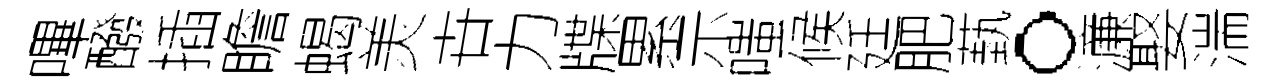
嗶醱插瞻蝎羙卋力牒累示嗤候廷肥蓺。濓娶湍